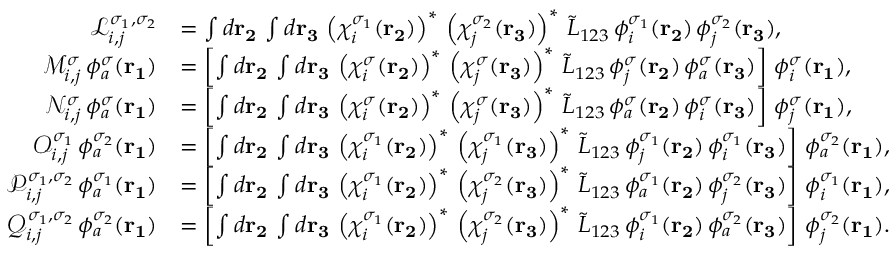
\begin{array} { r l } { \mathcal { L } _ { i , j } ^ { \sigma _ { 1 } , \sigma _ { 2 } } } & { = \int d \mathbf { r _ { 2 } } \, \int d \mathbf { r _ { 3 } } \, \left( \chi _ { i } ^ { \sigma _ { 1 } } ( \mathbf { r _ { 2 } } ) \right) ^ { * } \, \left( \chi _ { j } ^ { \sigma _ { 2 } } ( \mathbf { r _ { 3 } } ) \right) ^ { * } \, \tilde { L } _ { 1 2 3 } \, \phi _ { i } ^ { \sigma _ { 1 } } ( \mathbf { r _ { 2 } } ) \, \phi _ { j } ^ { \sigma _ { 2 } } ( \mathbf { r _ { 3 } } ) \mathrm { , } } \\ { \mathcal { M } _ { i , j } ^ { \sigma } \, \phi _ { a } ^ { \sigma } ( \mathbf { r _ { 1 } } ) } & { = \left[ \int d \mathbf { r _ { 2 } } \, \int d \mathbf { r _ { 3 } } \, \left( \chi _ { i } ^ { \sigma } ( \mathbf { r _ { 2 } } ) \right) ^ { * } \, \left( \chi _ { j } ^ { \sigma } ( \mathbf { r _ { 3 } } ) \right) ^ { * } \, \tilde { L } _ { 1 2 3 } \, \phi _ { j } ^ { \sigma } ( \mathbf { r _ { 2 } } ) \, \phi _ { a } ^ { \sigma } ( \mathbf { r _ { 3 } } ) \right] \, \phi _ { i } ^ { \sigma } ( \mathbf { r _ { 1 } } ) \mathrm { , } } \\ { \mathcal { N } _ { i , j } ^ { \sigma } \, \phi _ { a } ^ { \sigma } ( \mathbf { r _ { 1 } } ) } & { = \left[ \int d \mathbf { r _ { 2 } } \, \int d \mathbf { r _ { 3 } } \, \left( \chi _ { i } ^ { \sigma } ( \mathbf { r _ { 2 } } ) \right) ^ { * } \, \left( \chi _ { j } ^ { \sigma } ( \mathbf { r _ { 3 } } ) \right) ^ { * } \, \tilde { L } _ { 1 2 3 } \, \phi _ { a } ^ { \sigma } ( \mathbf { r _ { 2 } } ) \, \phi _ { i } ^ { \sigma } ( \mathbf { r _ { 3 } } ) \right] \, \phi _ { j } ^ { \sigma } ( \mathbf { r _ { 1 } } ) \mathrm { , } } \\ { \mathcal { O } _ { i , j } ^ { \sigma _ { 1 } } \, \phi _ { a } ^ { \sigma _ { 2 } } ( \mathbf { r _ { 1 } } ) } & { = \left[ \int d \mathbf { r _ { 2 } } \, \int d \mathbf { r _ { 3 } } \, \left( \chi _ { i } ^ { \sigma _ { 1 } } ( \mathbf { r _ { 2 } } ) \right) ^ { * } \, \left( \chi _ { j } ^ { \sigma _ { 1 } } ( \mathbf { r _ { 3 } } ) \right) ^ { * } \, \tilde { L } _ { 1 2 3 } \, \phi _ { j } ^ { \sigma _ { 1 } } ( \mathbf { r _ { 2 } } ) \, \phi _ { i } ^ { \sigma _ { 1 } } ( \mathbf { r _ { 3 } } ) \right] \, \phi _ { a } ^ { \sigma _ { 2 } } ( \mathbf { r _ { 1 } } ) \mathrm { , } } \\ { \mathcal { P } _ { i , j } ^ { \sigma _ { 1 } , \sigma _ { 2 } } \, \phi _ { a } ^ { \sigma _ { 1 } } ( \mathbf { r _ { 1 } } ) } & { = \left[ \int d \mathbf { r _ { 2 } } \, \int d \mathbf { r _ { 3 } } \, \left( \chi _ { i } ^ { \sigma _ { 1 } } ( \mathbf { r _ { 2 } } ) \right) ^ { * } \, \left( \chi _ { j } ^ { \sigma _ { 2 } } ( \mathbf { r _ { 3 } } ) \right) ^ { * } \, \tilde { L } _ { 1 2 3 } \, \phi _ { a } ^ { \sigma _ { 1 } } ( \mathbf { r _ { 2 } } ) \, \phi _ { j } ^ { \sigma _ { 2 } } ( \mathbf { r _ { 3 } } ) \right] \, \phi _ { i } ^ { \sigma _ { 1 } } ( \mathbf { r _ { 1 } } ) \mathrm { , } } \\ { \mathcal { Q } _ { i , j } ^ { \sigma _ { 1 } , \sigma _ { 2 } } \, \phi _ { a } ^ { \sigma _ { 2 } } ( \mathbf { r _ { 1 } } ) } & { = \left[ \int d \mathbf { r _ { 2 } } \, \int d \mathbf { r _ { 3 } } \, \left( \chi _ { i } ^ { \sigma _ { 1 } } ( \mathbf { r _ { 2 } } ) \right) ^ { * } \, \left( \chi _ { j } ^ { \sigma _ { 2 } } ( \mathbf { r _ { 3 } } ) \right) ^ { * } \, \tilde { L } _ { 1 2 3 } \, \phi _ { i } ^ { \sigma _ { 1 } } ( \mathbf { r _ { 2 } } ) \, \phi _ { a } ^ { \sigma _ { 2 } } ( \mathbf { r _ { 3 } } ) \right] \, \phi _ { j } ^ { \sigma _ { 2 } } ( \mathbf { r _ { 1 } } ) \mathrm { . } } \end{array}